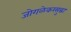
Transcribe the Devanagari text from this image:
जोगळेकरसुद्धा